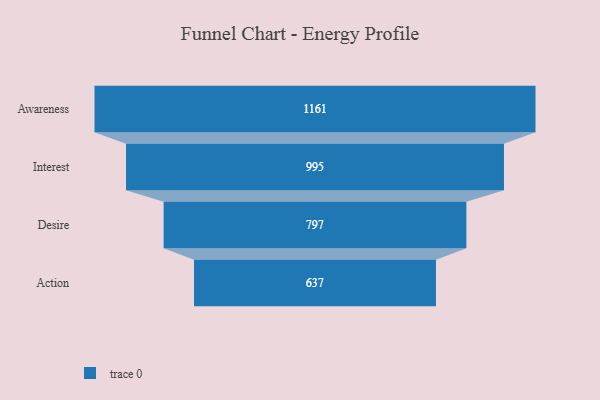
{"axis": {"x": "Stage", "y": "Value"}, "legend": [""], "data": [{"x": "Awareness", "y": 1161.0, "type": ""}, {"x": "Interest", "y": 995.0, "type": ""}, {"x": "Desire", "y": 797.0, "type": ""}, {"x": "Action", "y": 637.0, "type": ""}]}